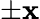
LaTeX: \pm\mathbf{x}